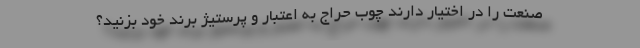
صنعت را در اختیار دارند چوب حراج به اعتبار و پرستیژ برند خود بزنید؟